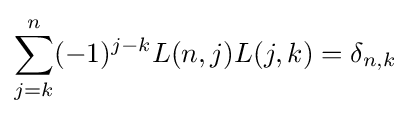
\sum _{j=k}^{n}(-1)^{j-k}L(n,j)L(j,k)=\delta _{n,k}